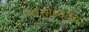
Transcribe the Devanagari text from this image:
नवसाध्यवाद